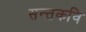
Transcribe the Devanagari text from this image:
सन्तकवि